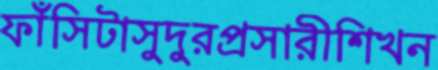
ফাঁসিটাসুদুরপ্রসারীশিখন